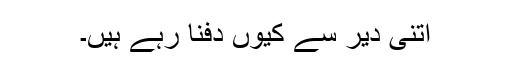
اتنی دیر سے کیوں دفنا رہے ہیں۔